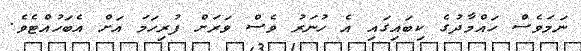
ނަމަވެސް ހައްމާދުގެ ކިބައިގައި އެ ހުނަރު ވެސް ވަރަށް ފުރިހަމަ އަށް އެބަހުއްޓެވެ.